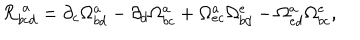
LaTeX: { \cal R } _ { b c d } ^ { \ a } = \partial _ { c } \Omega _ { b d } ^ { a } - \partial _ { d } \Omega _ { b c } ^ { a } + \Omega _ { e c } ^ { a } \Omega _ { b d } ^ { e } - \Omega _ { e d } ^ { a } \Omega _ { b c } ^ { e } ,